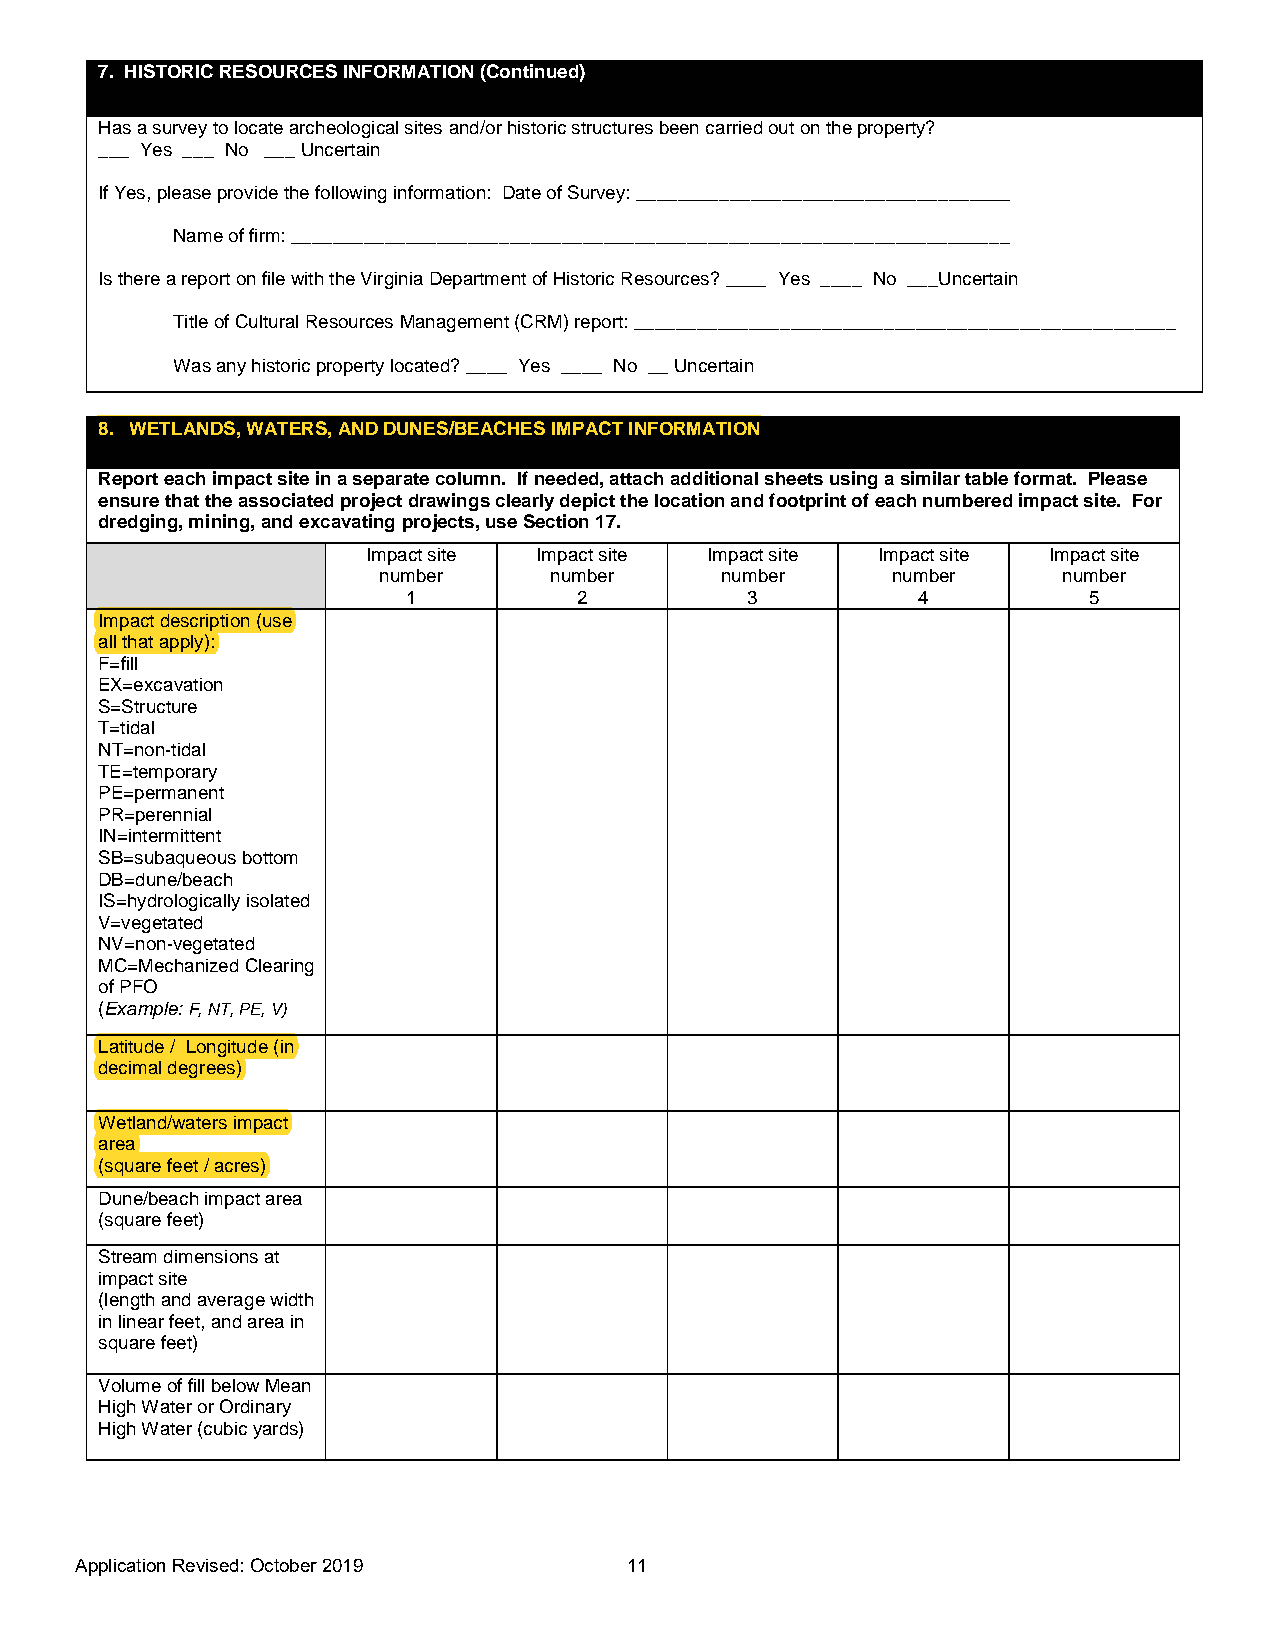
7. HISTORIC RESOURCES INFORMATION (Continued)
 Has a survey to locate archeological sites and/or historic structures been carried out on the property?
 ___ Yes ___ No ___ Uncertain
 If Yes, please provide the following information: Date of Survey: ____________________________________
 Name of firm: _____________________________________________________________________
 Is there a report on file with the Virginia Department of Historic Resources? ____ Yes ____ No ___Uncertain
 Title of Cultural Resources Management (CRM) report: ____________________________________________________
 Was any historic property located? ____ Yes ____ No __ Uncertain
 8. WETLANDS, WATERS, AND DUNES/BEACHES IMPACT INFORMATION
 Report each impact site in a separate column. If needed, attach additional sheets using a similar table format. Please
 ensure that the associated project drawings clearly depict the location and footprint of each numbered impact site. For
 dredging, mining, and excavating projects, use Section 17.
 Impact site Impact site Impact site Impact site Impact site
 number     number      number     number     number
 1          2          3           4          5
 Impact description (use
 all that apply):
 F=fill
 EX=excavation
 S=Structure
 T=tidal
 NT=non-tidal
 TE=temporary
 PE=permanent
 PR=perennial
 IN=intermittent
 SB=subaqueous bottom
 DB=dune/beach
 IS=hydrologically isolated
 V=vegetated
 NV=non-vegetated
 MC=Mechanized Clearing
 of PFO
 (Example: F, NT, PE, V)
 Latitude / Longitude (in
 decimal degrees)
 Wetland/waters impact
 area
 (square feet / acres)
 Dune/beach impact area
 (square feet)
 Stream dimensions at
 impact site
 (length and average width
 in linear feet, and area in
 square feet)
 Volume of fill below Mean
 High Water or Ordinary
 High Water (cubic yards)
 Application Revised: October 20 19   11